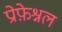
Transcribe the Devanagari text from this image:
प्रोफ़ेश्नल